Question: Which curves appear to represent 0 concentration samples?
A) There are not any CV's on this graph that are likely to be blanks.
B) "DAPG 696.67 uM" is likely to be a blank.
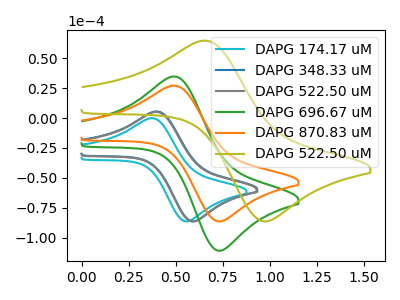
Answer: <think>The cyan curve "DAPG 174.17 uM" has an anodic peak at (0.35V, -0.10uA) and a cathodic peak at (0.55V, -86.35uA). The blue curve "DAPG 348.33 uM" has an anodic peak at (0.40V, 5.50uA) and a cathodic peak at (0.60V, -86.35uA). The gray curve "DAPG 522.50 uM" has an anodic peak at (0.40V, 5.10uA) and a cathodic peak at (0.60V, -86.35uA). The green curve "DAPG 696.67 uM" has an anodic peak at (0.50V, 34.70uA) and a cathodic peak at (0.75V, -110.85uA). The orange curve "DAPG 870.83 uM" has an anodic peak at (0.50V, 27.05uA) and a cathodic peak at (0.75V, -86.35uA). The olive curve "DAPG 522.50 uM" has an anodic peak at (0.65V, 64.65uA) and a cathodic peak at (1.00V, -86.35uA).</think>
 <answer>A) There are not any CV's on this graph that are likely to be blanks.</answer>
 <eval>A</eval>